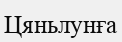
Цяньлунға